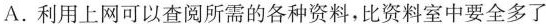
A.利用上网可以查阅所需的各种资料，比资料室中要全多了